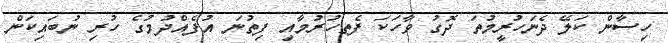
ހިސާން ކަލޭ ދެނަހުރީމުތަ ދޮގު ވާހަކަ ފެތހުރުމާއި ފިތުނަ އުފެއްދުމުގެ ހުރި ނުބައިކަން